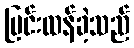
ပြင်းထန်ခဲ့သည်